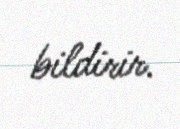
bildirir.